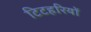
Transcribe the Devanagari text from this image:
टिटहरियों